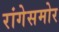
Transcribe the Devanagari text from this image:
रांगेसमोर